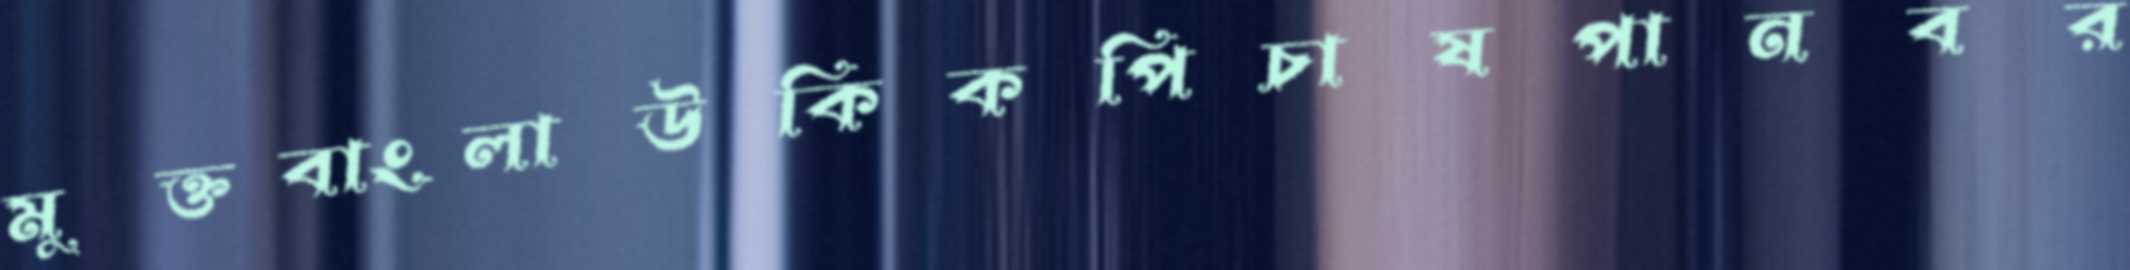
মুক্তবাংলাউকিকপিচাষপানবর